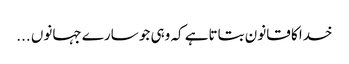
خدا کا قانون بتاتاہے کہ وہی جو سارے جہانوں ...